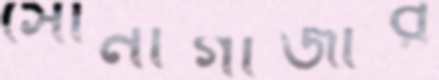
সোনাগাজীর